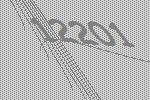
12201